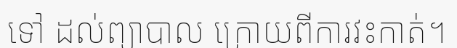
ទៅ ដល់ព្យាបាល ក្រោយពីការវះកាត់។